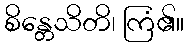
စိန္တေသိတိ၊ ကြံ၏။